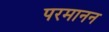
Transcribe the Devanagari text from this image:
परमानन